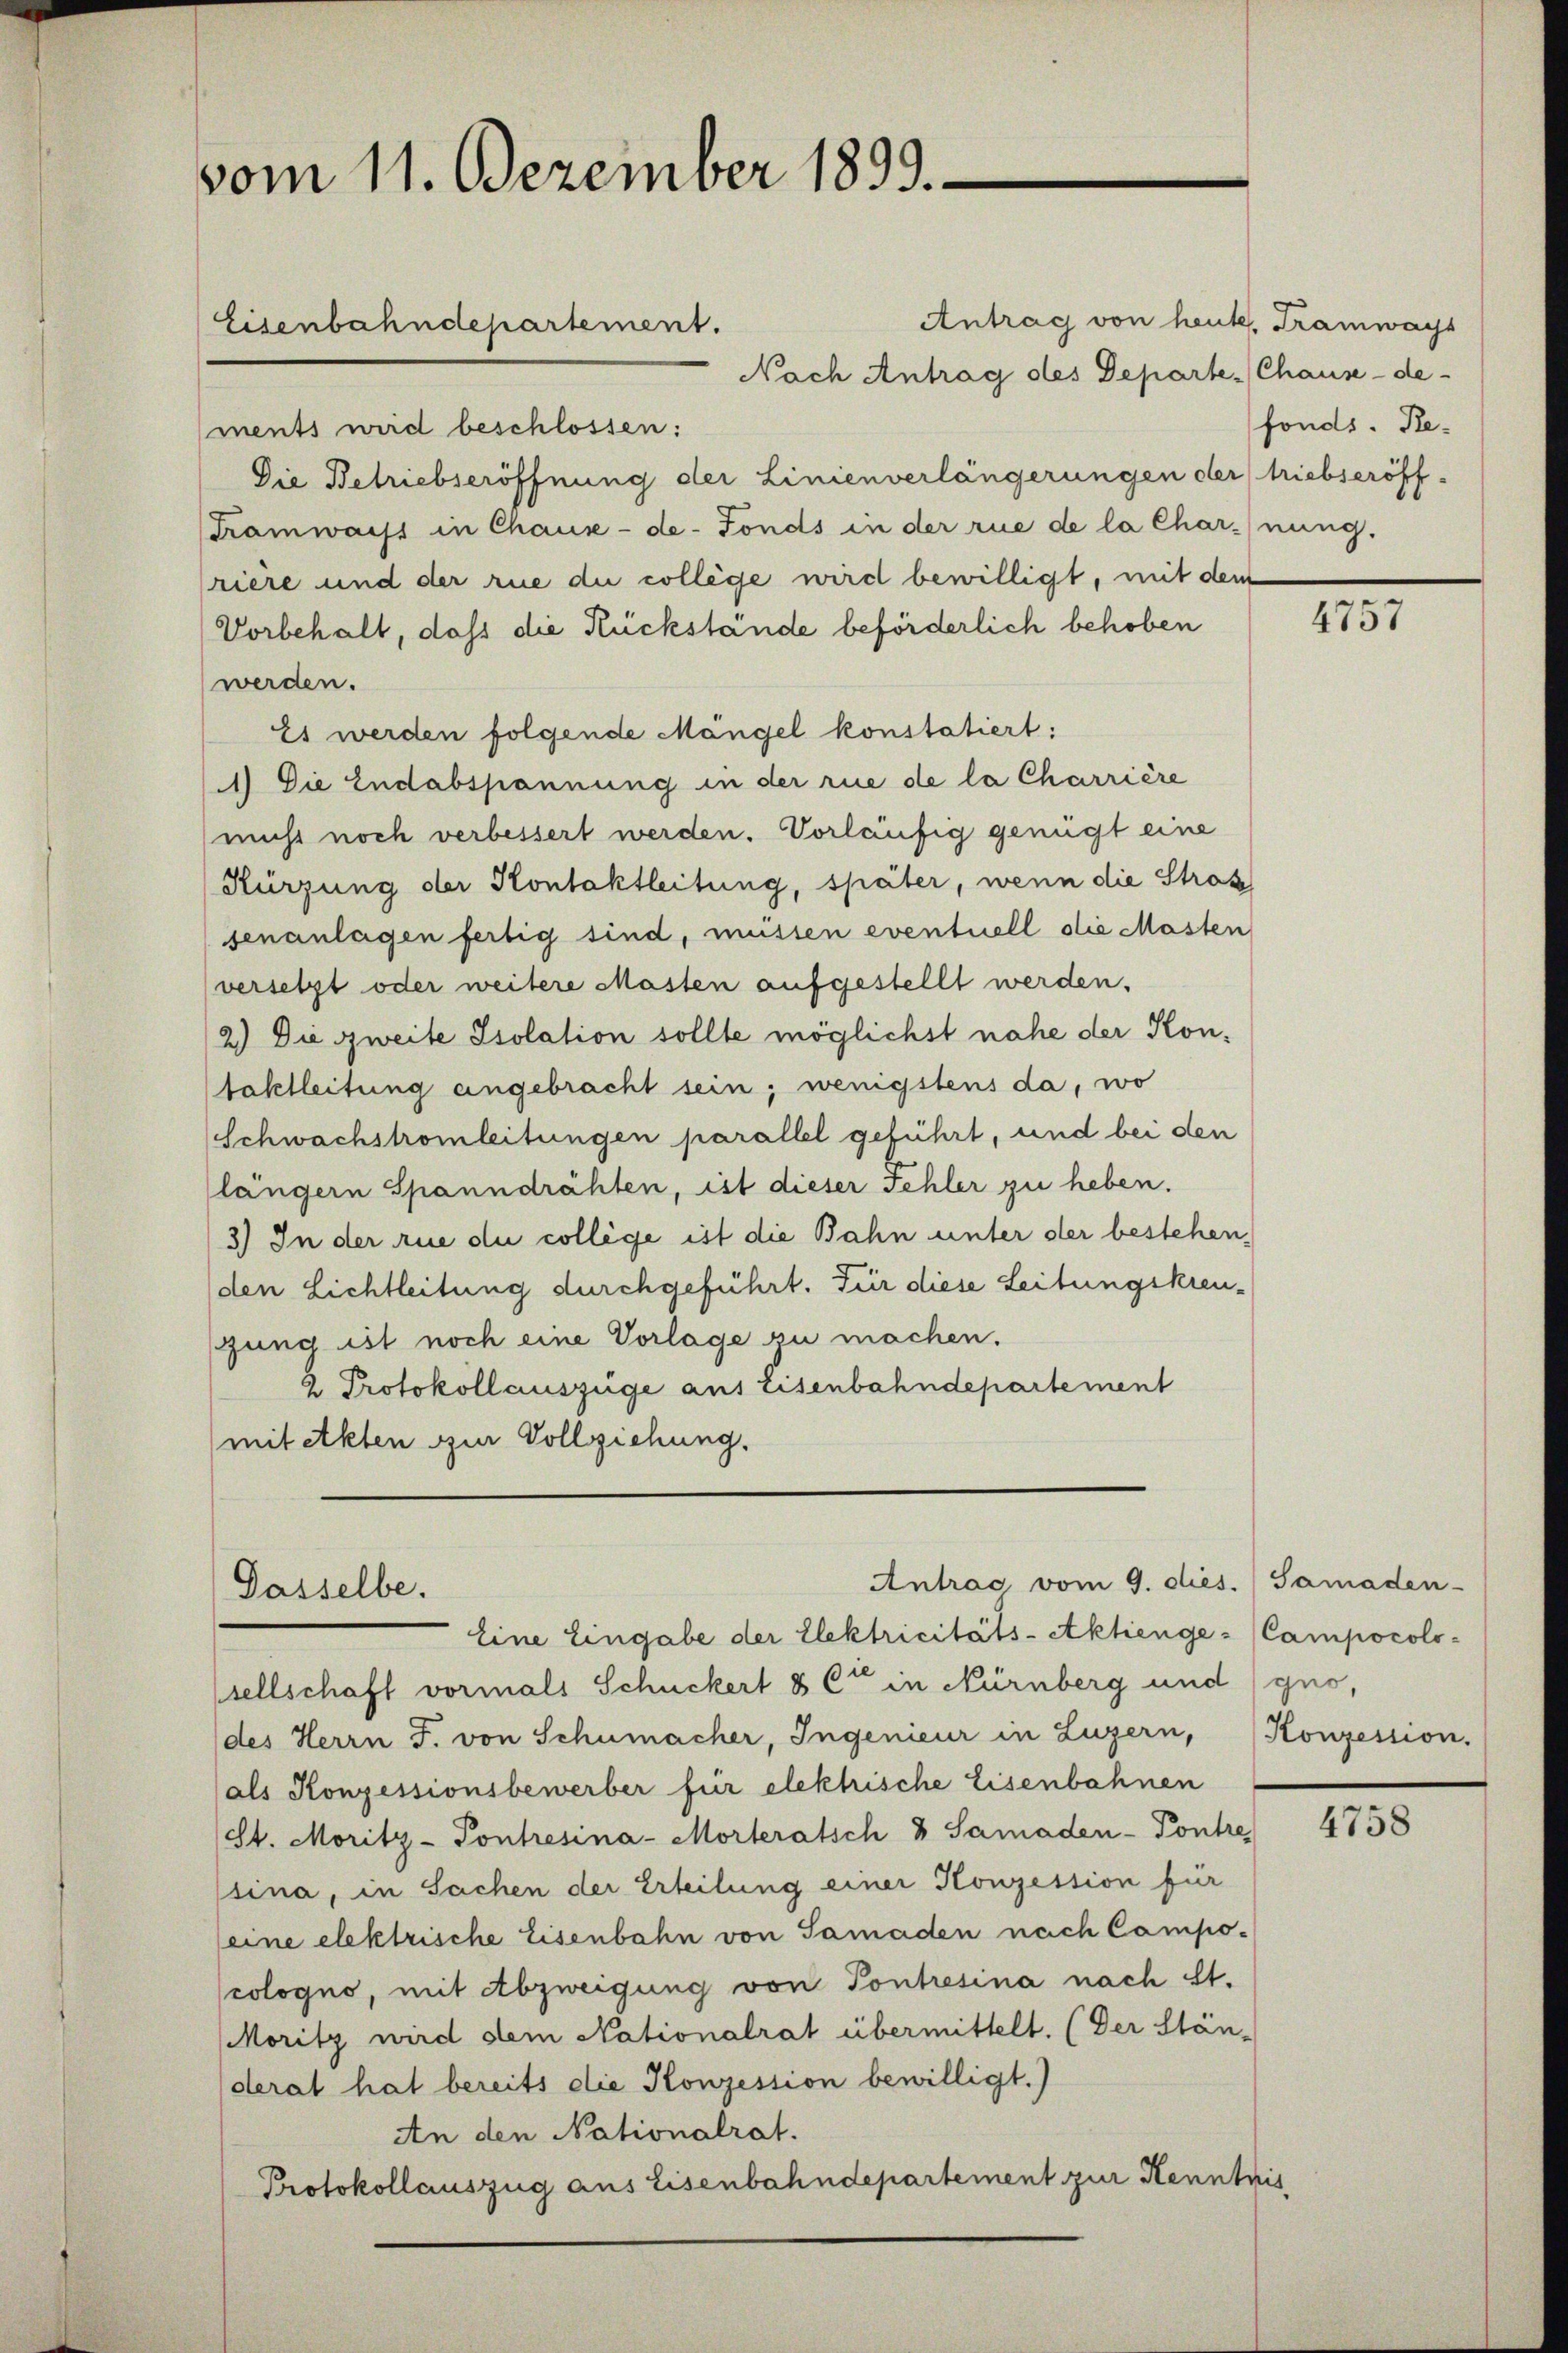
vom 11. Dezember 1899.

Eisenbahndepartement.

Dasselbe.

Antrag vom 9. dies

Antrag von heute. Tramways
Nach Antrag des Departe (Chaux-de-
ments wird beschlossen:
Die Betriebseröffnung der Linienverlängerungen der triebseröff¬
Tramwaist in Chaux-de-Fonds in der rue de la charnung.
riere und der rue die college wird bewilligt, mit dem
Vorbehalt, dass die Rückstände beförderlich behoben
werden.
Es werden folgende Mängel konstatiert:
1) Die Endabspannung in der rue de la Charrière
nicht noch verbessert werden. Vorläufig genügt eine
Kürzung der Kontaktleitung, später, wenn die Stras
senanlagen fertig sind, müssen eventuell die Masten
versetzt oder weitere Masten aufgestellt werden.
2.) Die zweite Isolation sollte möglichst nahe der Kontaktleitung angebracht sein; wenigstens da, wo
Schwachstromleitungen parallel geführt, und bei den
längern Spanndrähten, ist dieser Fehler zu heben.
3) In der rue die college ist die Bahn unter der bestehen,
(den Lichtleitung durchgeführt. Für diese Leitungskreugung ist noch eine Vorlage zu machen.
2 Protokollauszüge aus Eisenbahndepartement
(mit Akten zur Vollziehung.

fonds. Re¬

Eine Eingabe der Elektricitäts- Aktienge - (Campocolosellschaft vormals Schuckert & Cie in Nürnberg und guo,
(des Herrn J. von Schumacher, Ingenieur in Luzern,
(als Konzessionsbewerber für elekhische Eisenbahnen
(St. Moritz-Pontresina-Morteratsch & Samaden-Pontre
sina, in Sachen der Erteilung einer Konzession für
(eine elektrische Eisenbahn von Samaden nach Campocologno, mit Abzweigung von Pontresina nach St.
Moritz wird dem Nationalrat übermittelt. (Der Stän-
derat hat bereits die Konzession bewilligt.)
An den Nationalrat.
Protokollauszug aus Eisenbahndepartement zur Kenntnis

4757

Samaden-
Konzession.

4758